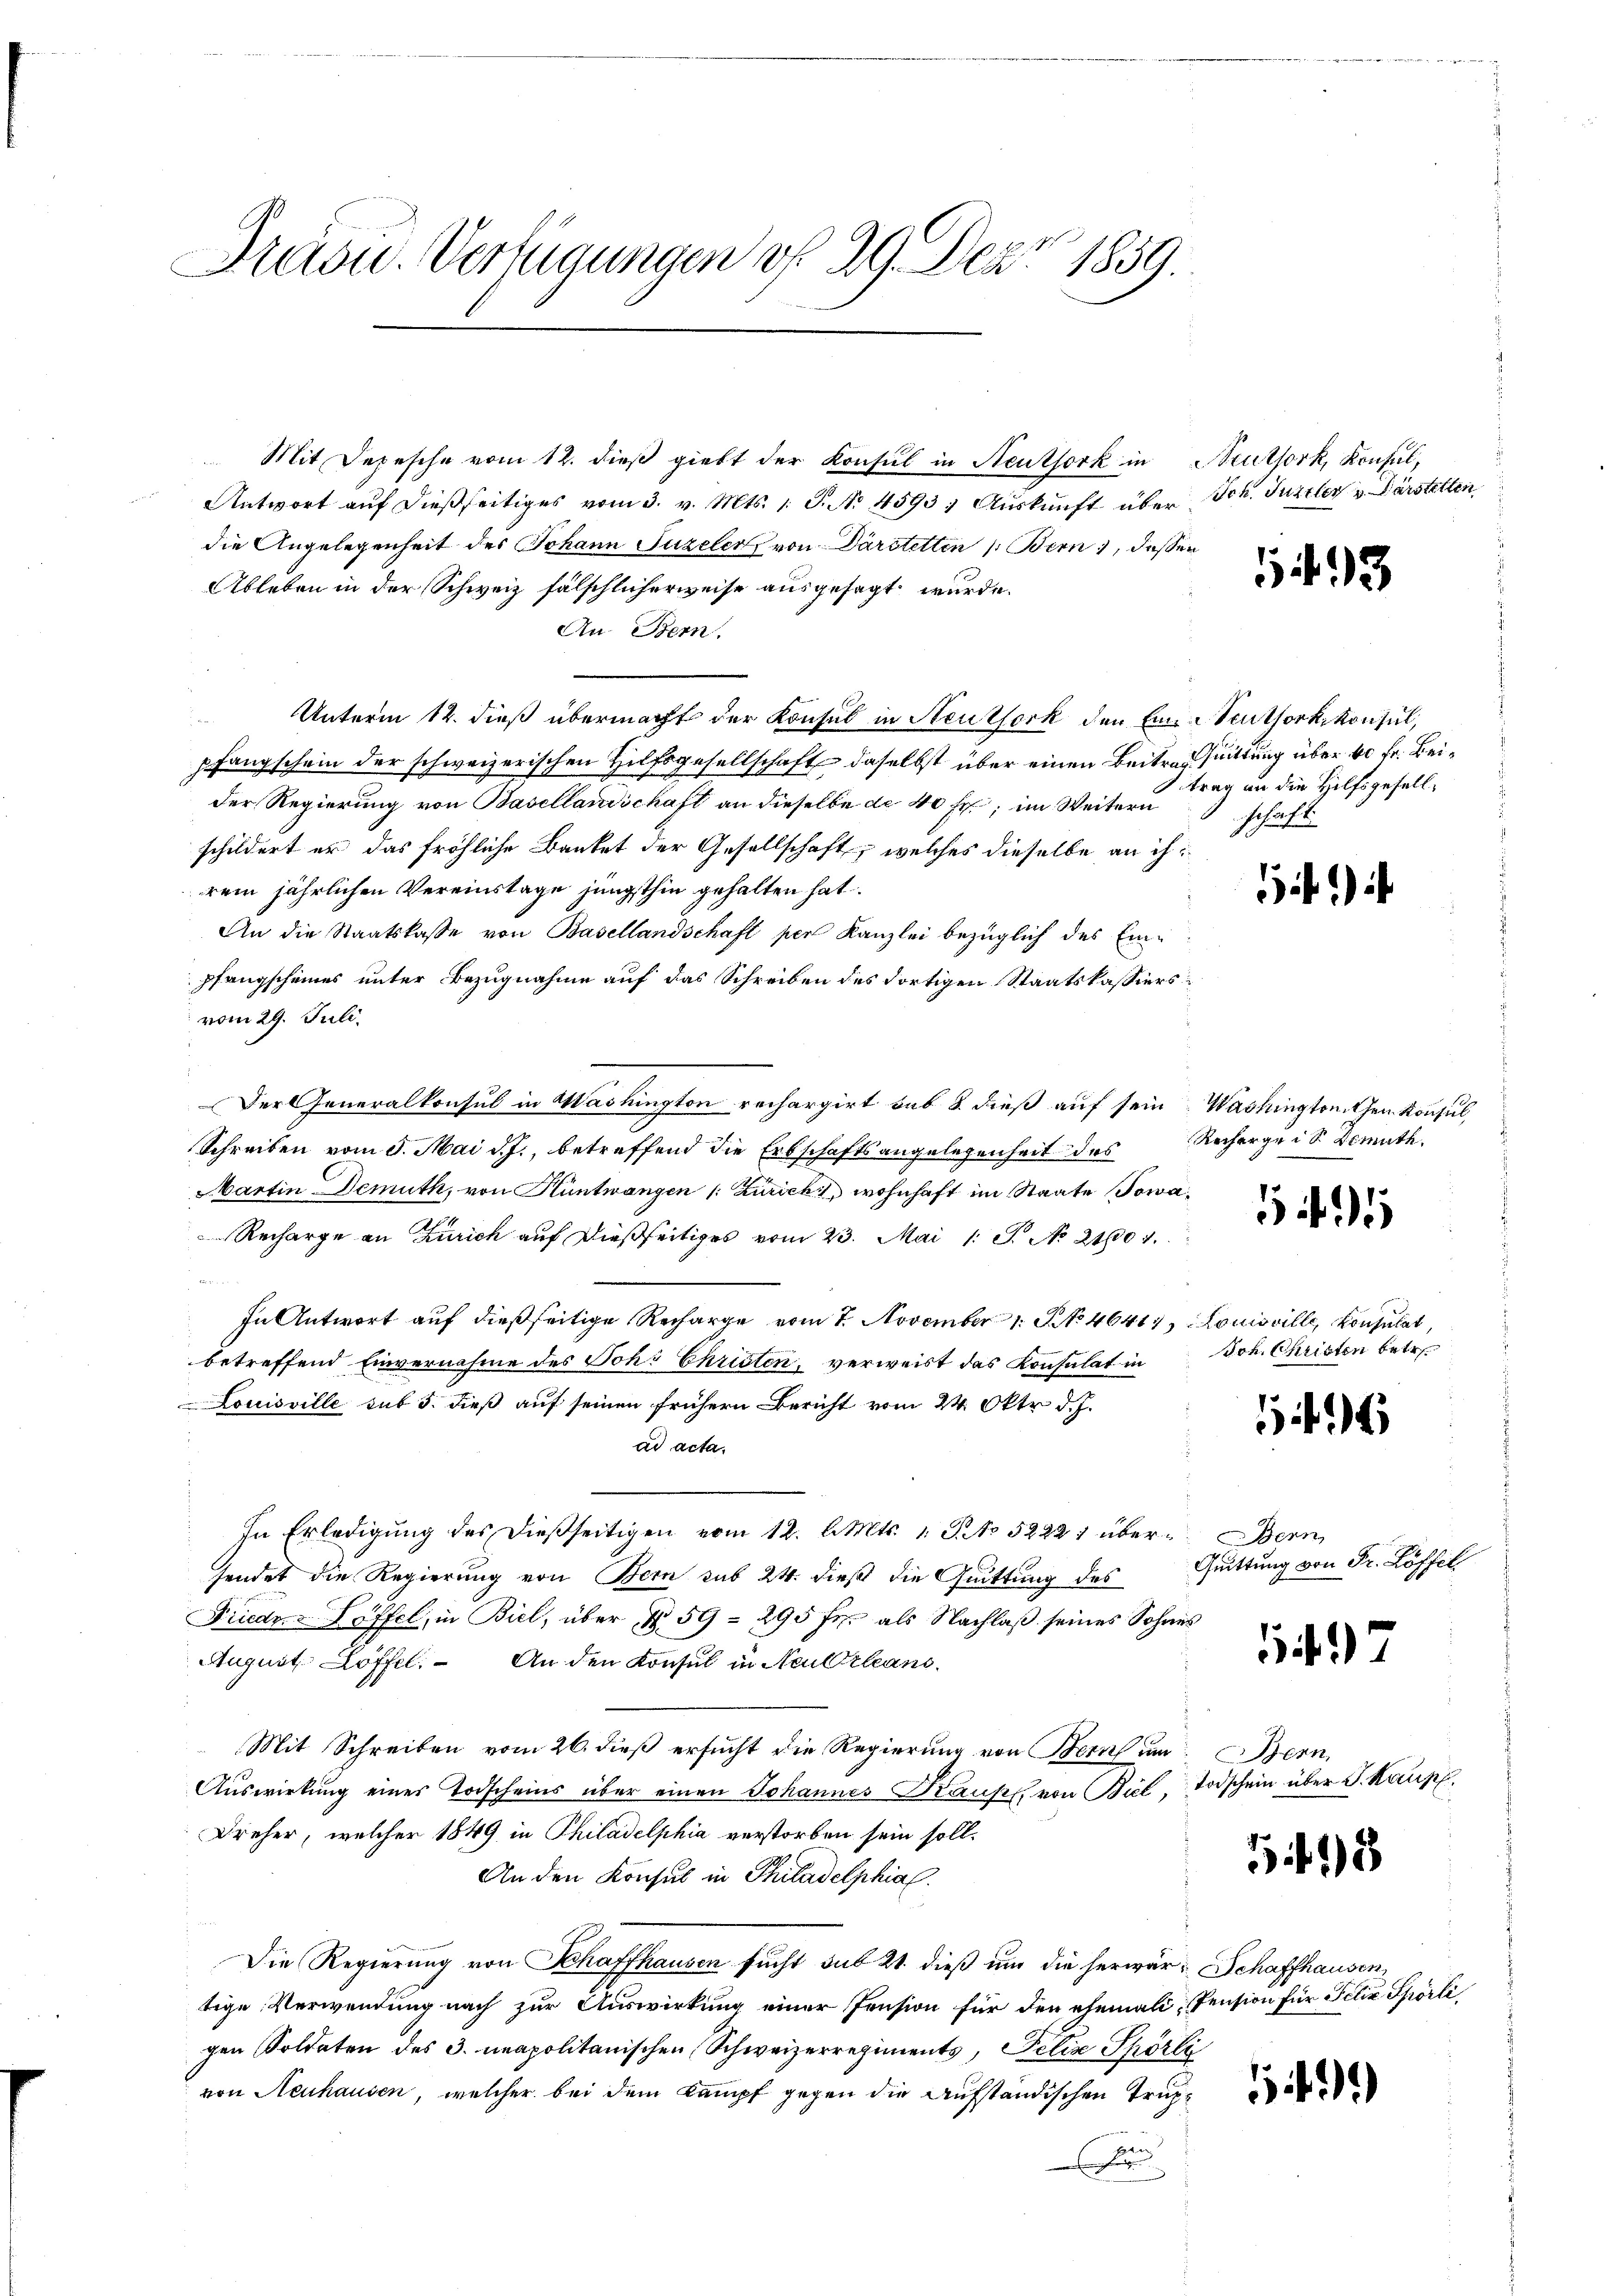
Pradu. Verfügungen v. 29. Dez. 1859.

Mit Depesche vom 12. dieß giebt der Konsul in Neuthork in Neuthork, Konsul,
Antwort auf dießseitiges vom 3. v. Mts. 1 S. No. 4593. Aŭskŭnft über
die Angelegenheit des Johann Puzeler von Darstetten 1. Bern, dessen
Ableben in der Schweiz fälschlicherweise ausgesagt wurde.
An Bern.
Unterm 12. dieß übermacht der Konsul in Neutfork den Em-Seuthorkkonsul,
pfangschein der schweizerischen Hilfsgesellschaft daselbst über einen Beitrag huittung über be Fr. Beider Regierung von Basellandschaft an dieselbe de 40 Fr., im Weitern
schildert er das fröhliche Bautet der Gesellschaft, welches dieselbe an ihrem jährlichen Vereinstage jüngsthin gehalten hat.
An die Staatskasse von Basellandschaft per Kanzlei bezüglich des Einpfangscheines unter Bezugnahme auf das Schreiben des dortigen Staatskassiersvom 29. Juli.
Der Generalkonsul in Washington rechargirt sub 8. dieß auf sein Washington then Konsul,
Schreiben vom 5. Mai d. J., betreffend die Erbschaftsangelegenheit des
Martin Demuth, von Hüntwangen (: Zurick wohnhaft im Staate Sowa¬
Recharge an Zürich auf dießseitiges vom 23. Mai 1 S. No 21004.
et den 2
In Antwort auf dießseitige Recharge vom 7. November 1. No 46417, Louisville, Konsulat,
betreffend Einvernahme des Joh. Christen, verweist das Konsulat in
Louisville sub 5. dieß auf seinen frühern Bericht vom 24. Oktr. d. J.
ad acta.
In Erledigung des dießseitigen vom 12. d. Mts. 1 S. No 52221 übersendet die Regierung von Bern sub 24. dieß die Quittung des
Friedr Löffel, in Biel, über N. 59 - 295 fr. als Nachlaß seines Sohnes
Auquit Löffel. An den Konsul in Neu Orleans
Mit Schreiben vom 26. dieß ersucht die Regierung von Bern um Bern,
Auswirkung einer Todscheins über einen Johannes Kauff von Biel, Todschein über J. Kampf,
Dreher, welcher 1849 in Philadelphia verstorben sein soll.
An den Konsul in Thiladelphial
Die Regierung von Schaffhausen sucht sub 21. dieß um die herwär-Schaffhausen
tige Verwendung nach zur Auswirkung einer Pension für den ehemali-Pension für Felix Spörli
gen Soldaten des 3. neapolitanischen Schweizerregiments, Felix Shörli
von Neuhausen, welcher bei dem Kampf gegen die Aufständischen Trupn

Joh. Juzzler u. Darstellen

13

trag an die Hilfsgesellschäft

11)

Recharge ist. Demuth.

1 f 15

JJoh. Christen betr.

16

Bern,
Quittung von Fr. Löffel

14

3

14.